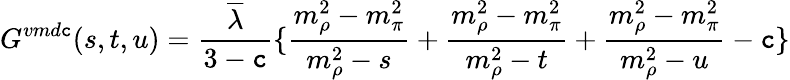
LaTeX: G^{vmd\mathtt{c}}(s,t,u)=\frac{{\overline{{{{\lambda}}}}}}{{3-\mathtt{c}}}\{ \frac{{m_{\rho}^{2}-m_{\pi}^{2}}}{{m_{\rho}^{2}-s}}+\frac{{m_{\rho}^{2}-m_{\pi}^{2}}}{{m_{\rho}^{2}-t}}+\frac{{m_{\rho}^{2}-m_{\pi}^{2}}}{{m_{\rho}^{2}-u}}-\mathtt{c}\}